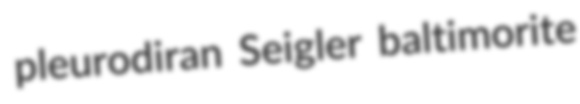
pleurodiran Seigler baltimorite